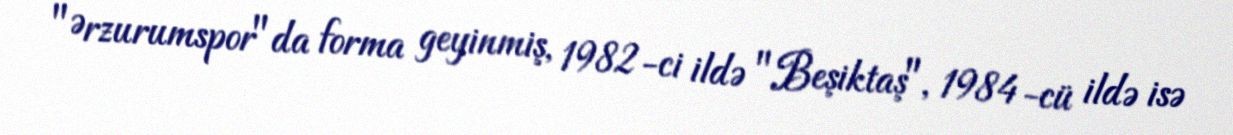
"Ərzurumspor"da forma geyinmiş, 1982-ci ildə "Beşiktaş", 1984-cü ildə isə